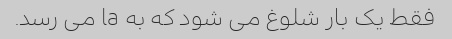
فقط یک بار شلوغ می شود که به la می رسد.